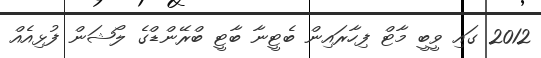
2012 ގައި ވީބީ މާޓް ފިހާރައިން ބެޓީނާ ބާޓީ ބްރޭންޑްގެ ލޯޝަން ފުޅިއެއް